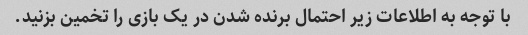
با توجه به اطلاعات زیر احتمال برنده شدن در یک بازی را تخمین بزنید.